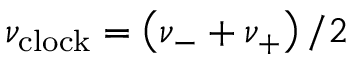
\nu _ { \mathrm { c l o c k } } = \left( \nu _ { - } + \nu _ { + } \right) / 2